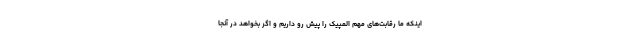
اینکه ما رقابت‌های مهم المپیک را پیش رو داریم و اگر بخواهد در آنجا